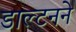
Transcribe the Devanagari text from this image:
डाल्टनने